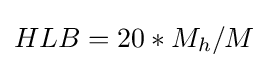
HLB=20*M_{h}/M